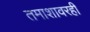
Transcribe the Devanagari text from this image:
तमाशावरही